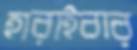
হারাইবার